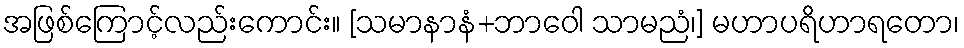
အဖြစ်ကြောင့်လည်းကောင်း။ [သမာနာနံ+ဘာဝေါ သာမညံ၊] မဟာပရိဟာရတော၊